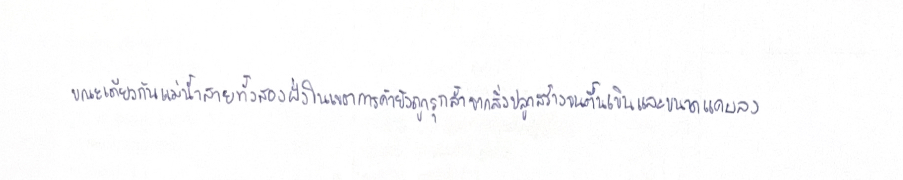
ขณะเดียวกันแม่น้ำสายทั้งสองฝั่งในเขตการค้ายังถูกรุกล้ำจากสิ่งปลูกสร้างจนตื้นเขินและขนาดแคบลง